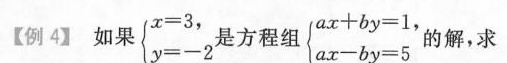
【例4】如果$$\begin {cases}